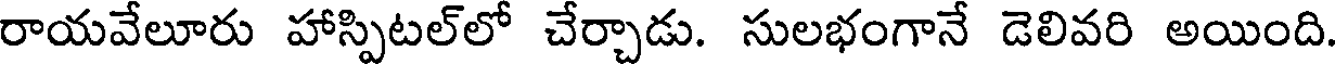
రాయవేలూరు హాస్పిటల్లో చేర్చాడు. సులభంగానే డెలివరి అయింది.